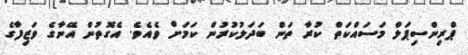
ޕްރިންސިޕަލް މަސައްކަތް ކުރާ ތަން ބަދަލުކުރުން ކަމަށް ވެއެވެ. އެގޮތުން އޭނާގެ ވަޒިފާގެ